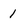
Character: 1